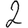
Digit: 2